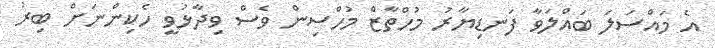
އެ މައްސަލަ ބައްލަވާ ފަނޑިޔާރު މުހްތާޒް މުހްސިން ވެސް ވިދާޅުވީ ހެކިންނަށް ބިރު